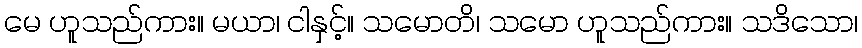
မေ ဟူသည်ကား။ မယာ၊ ငါနှင့်။ သမောတိ၊ သမော ဟူသည်ကား။ သဒိသော၊